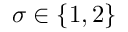
\sigma \in \{ 1 , 2 \}